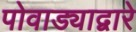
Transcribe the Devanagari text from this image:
पोवाड्याद्वारे